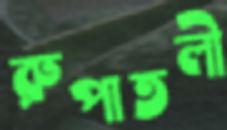
রুপাতলী